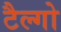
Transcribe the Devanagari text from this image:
टैल्गो